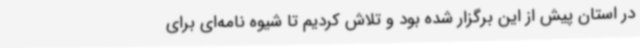
در استان پیش از این برگزار شده بود و تلاش کردیم تا شیوه نامه‌ای برای